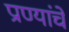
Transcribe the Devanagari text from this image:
प्राण्यांचें